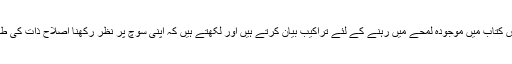
ایکھرٹ ٹولے اس کتاب میں موجودہ لمحے میں رہنے کے لئے تراکیب بیان کرتے ہیں اور لکھتے ہیں کہ اپنی سوچ پر نظر رکھنا اصلاحِ ذات کی طرف پہلا قدم ہے۔